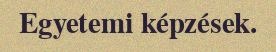
Egyetemi képzések.